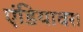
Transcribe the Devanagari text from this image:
एंडियावर।